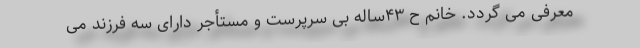
معرفی می گردد. خانم ح ۴۳ساله بی سرپرست و مستأجر دارای سه فرزند می